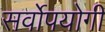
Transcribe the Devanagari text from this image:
सर्वोपयोगी